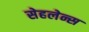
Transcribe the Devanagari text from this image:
सेहलेन्स